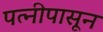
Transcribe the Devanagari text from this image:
पत्‍नीपासून